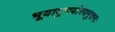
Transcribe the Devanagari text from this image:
भूयादुभयोरयमुत्तमः